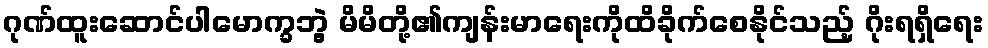
ဂုဏ်ထူးဆောင်ပါမောက္ခဘွဲ့ မိမိတို့၏ကျန်းမာရေးကိုထိခိုက်စေနိုင်သည့် ဂိုးရရှိရေး